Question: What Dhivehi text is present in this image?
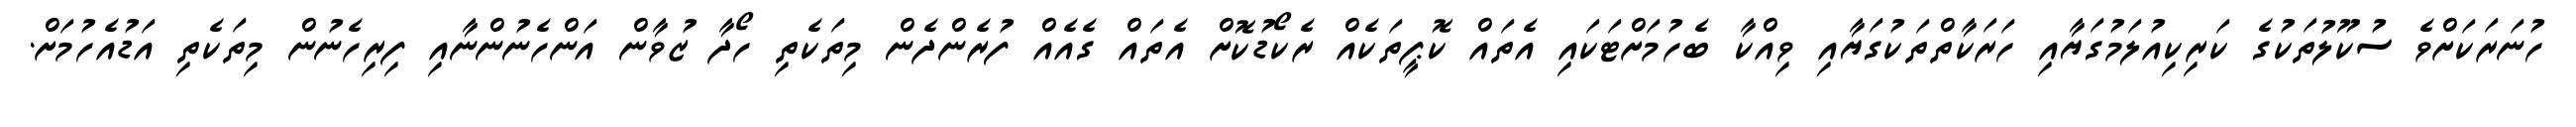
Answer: ހުނަރަކަށްވެ ސުކޫލުތަކުގެ ކަރިކިއުލަމުގަޔާއި ހަރަކާތްތަކުގަޔާއި ވިއްކާ ބެހުމަށްޓަކައި އެތައް ކޮޕީތަކެއް ރެކޯޑުކޮށް އެތައް ގެއެއް ފުރެންދެން މިތަކެތި ހޯދާ ޒުވާން އަންހެނުންނާއި ފިރިހެނުން މިތަކެތި އަޑުއެހުމަށް.